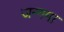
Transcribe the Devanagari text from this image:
जन्गमा